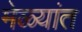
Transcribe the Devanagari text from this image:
मेळ्यांत